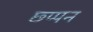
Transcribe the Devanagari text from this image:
छ्प्पन